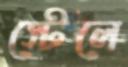
স্টেলে